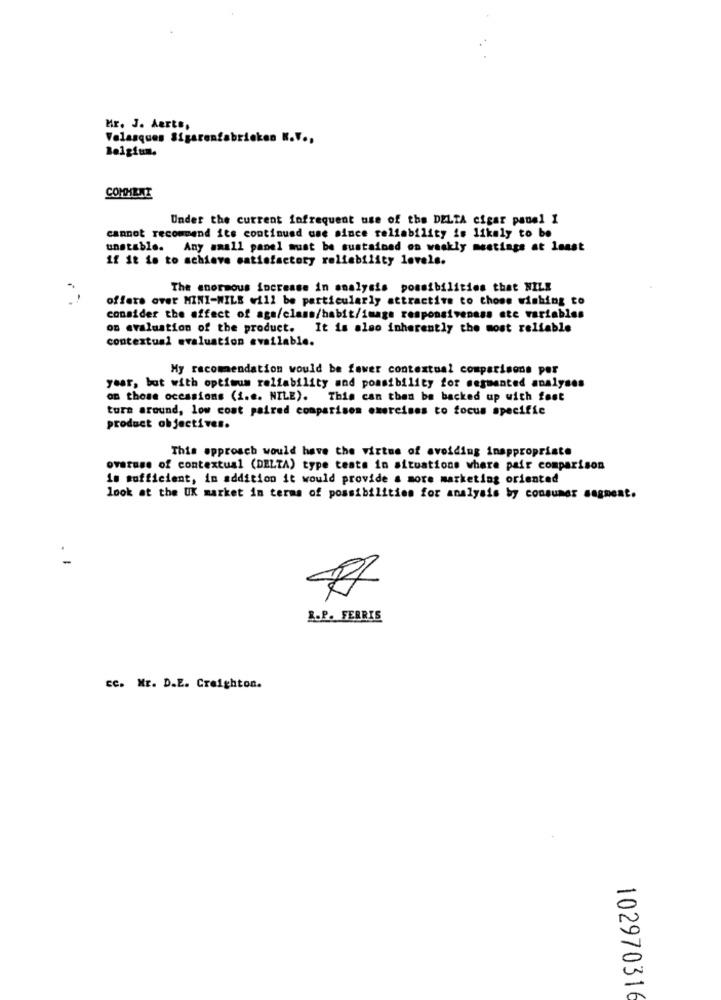
Mr. J. Aerts,
Velasques Sigarenfabrieken K.V .,
Belgium.
COMMENT
Under the current infrequent use of the DELTA cigar panel I
cannot recommend its continued use since reliability is likely to be
unstable. Any small panel must be sustained on waskly meetings at least
If it is to achieve satisfactory reliability levels.
The enormous increase in analysis possibilities that NILE
offers over MINI-WILE will be particularly attractive to those wishing to
consider the effect of age/class/habit/image responsiveness ate variables
on evaluation of the product. It is also inherently the most reliable
contextual evaluation available.
My recomendation would be fawer contextual comparisons por
year, but with optimum reliability and possibility for segmented analyses
on those occasions (i.e. NILE). This can then be backed up with fest
turn around, low cost paired comparison exercises to focus specific
product objectives.
This approach would have the virtue of avoiding inappropriate
overuse of contextual (DELTA) type tests in situations where pair comparison
is sufficient, in addition it would provide a more marketing oriented
look at the UK market in terms of possibilities for analysis by consumer sagment.
L.P. FERRIS
EC. Mr. D.E. Creighton.
10297031